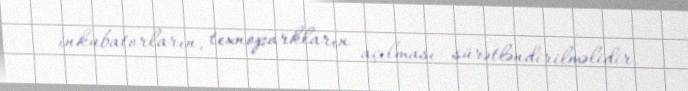
inkubatorların, texnoparkların açılması sürətləndirilməlidir.